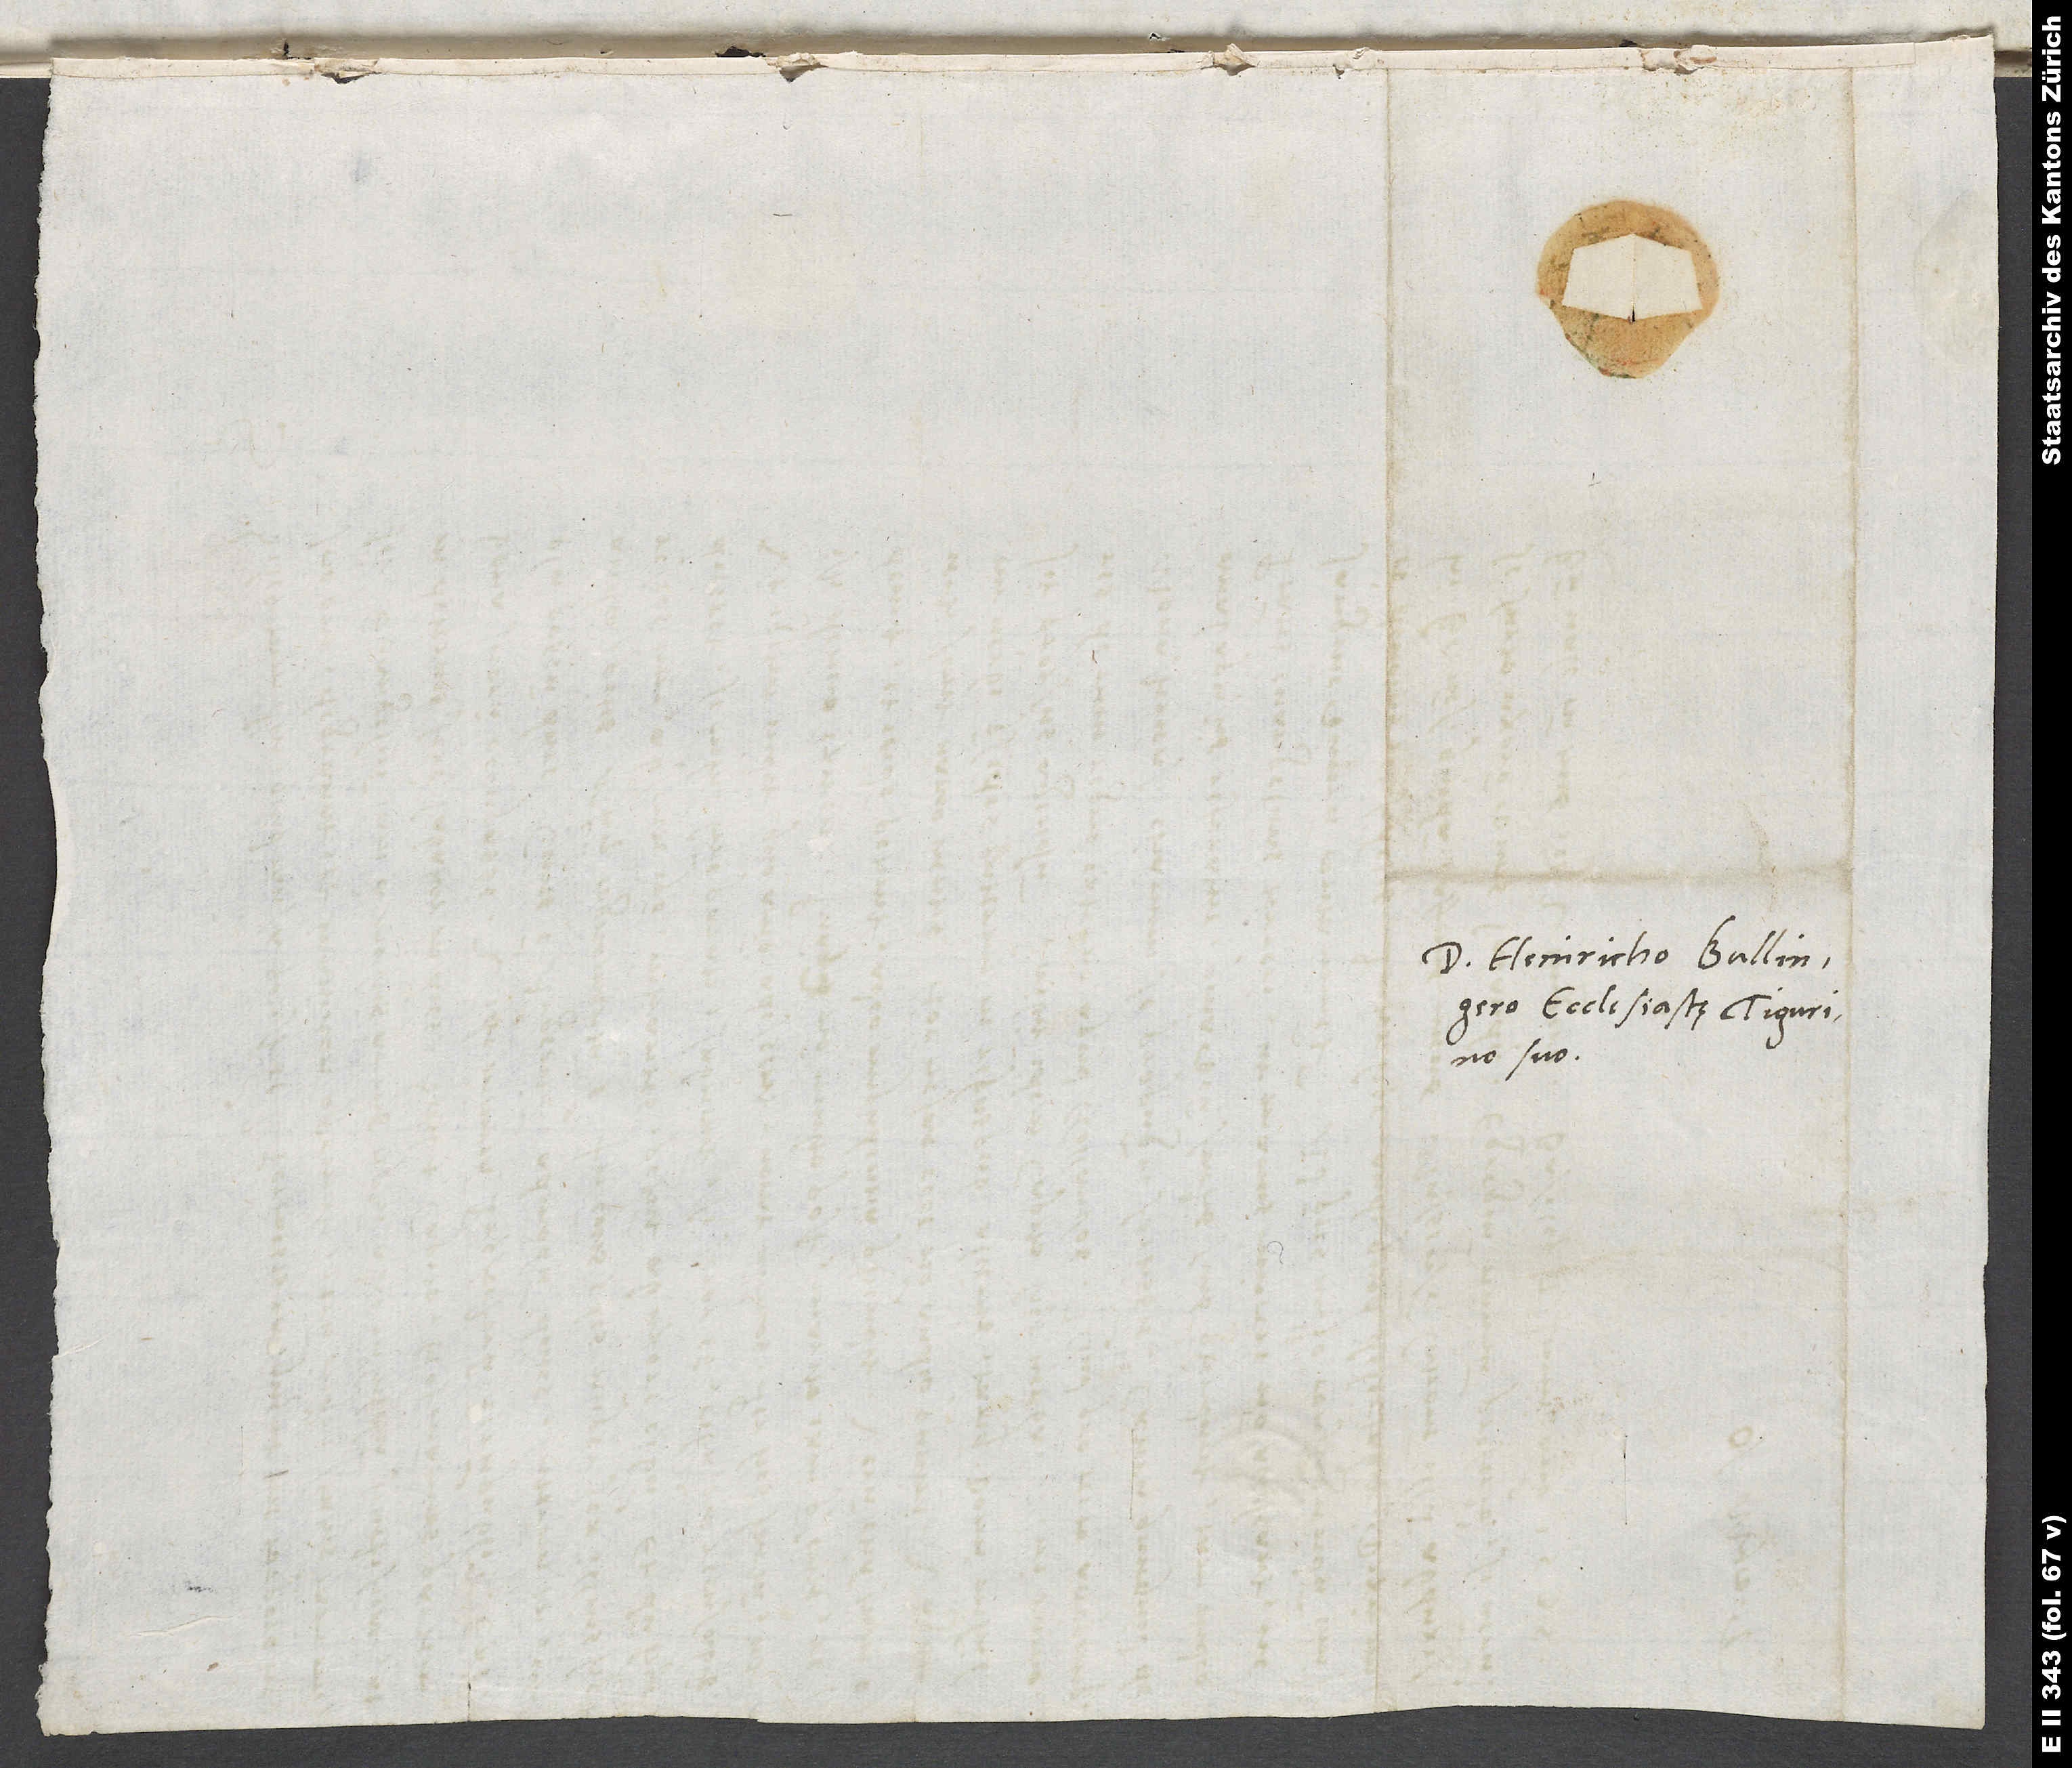
Domino Heinricho Bullingero,
ecclesiastę Tigurino,
suo.